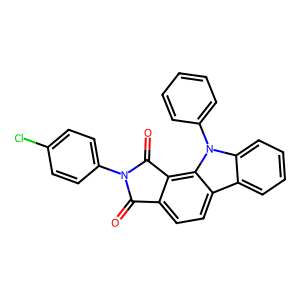
SMILES: O=C1c2ccc3c4ccccc4n(-c4ccccc4)c3c2C(=O)N1c1ccc(Cl)cc1
Inhibits HIV replication: No